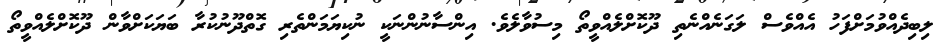
ލިބިދެއްވުމަށްފަހު އެއްވެސް ލަގަނެއްނެތި ދޫކޮށްލެއްވީތޯ މިސުވާލެވެ. އިންސާނުންނަކީ ނުކިޔަމަންތެރި ގޮތްދޫނުކުރާ ބަޔަކަށްވާން ދޫކޮށްލެއްވީތޯ